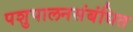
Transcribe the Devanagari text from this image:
पशुपालनसंबंधित